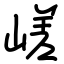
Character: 嵯